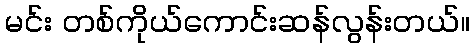
မင်း တစ်ကိုယ်ကောင်းဆန်လွန်းတယ်။